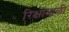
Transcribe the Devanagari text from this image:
रिक्षावाली